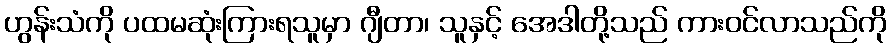
ဟွန်းသံကို ပထမဆုံးကြားရသူမှာ ဂျီတာ၊ သူနှင့် အေဒါတို့သည် ကားဝင်လာသည်ကို